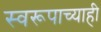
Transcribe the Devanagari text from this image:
स्वरूपाच्याही